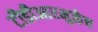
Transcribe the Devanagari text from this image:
टीडीआरमुळेच